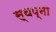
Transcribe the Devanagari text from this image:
स्थप्ना